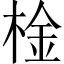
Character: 𣔋